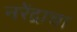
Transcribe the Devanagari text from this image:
नरेंद्राचा